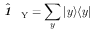
\hat { \textbf { \textit { 1 } } \, } _ { \! \mathrm { Y } } = \sum _ { y } | y \rangle \langle y |